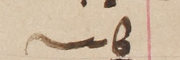
كاتب